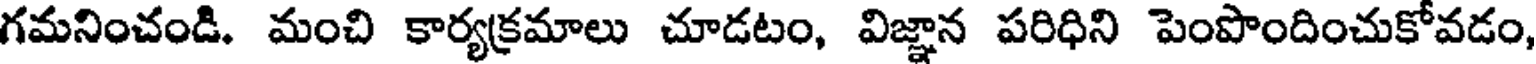
గమనించండి. మంచి కార్యక్రమాలు చూడటం, విజ్ఞాన పరిధిని పెంపొందించుకోవడం,